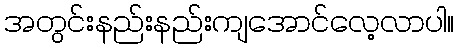
အတွင်းနည်းနည်းကျအောင်လေ့လာပါ။